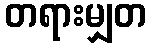
တရားမျှတ